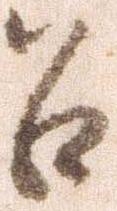
召